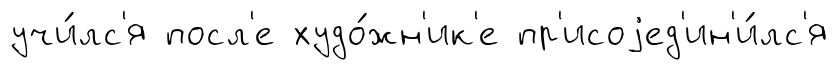
учи́лс'я посл'е худо́жн'ик'е пр'исоjед'ин'и́лс'я